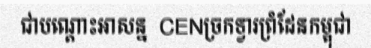
ជាបណ្តោះអាសន្ន  CENច្រកទ្វារព្រំដែនកម្ពុជា